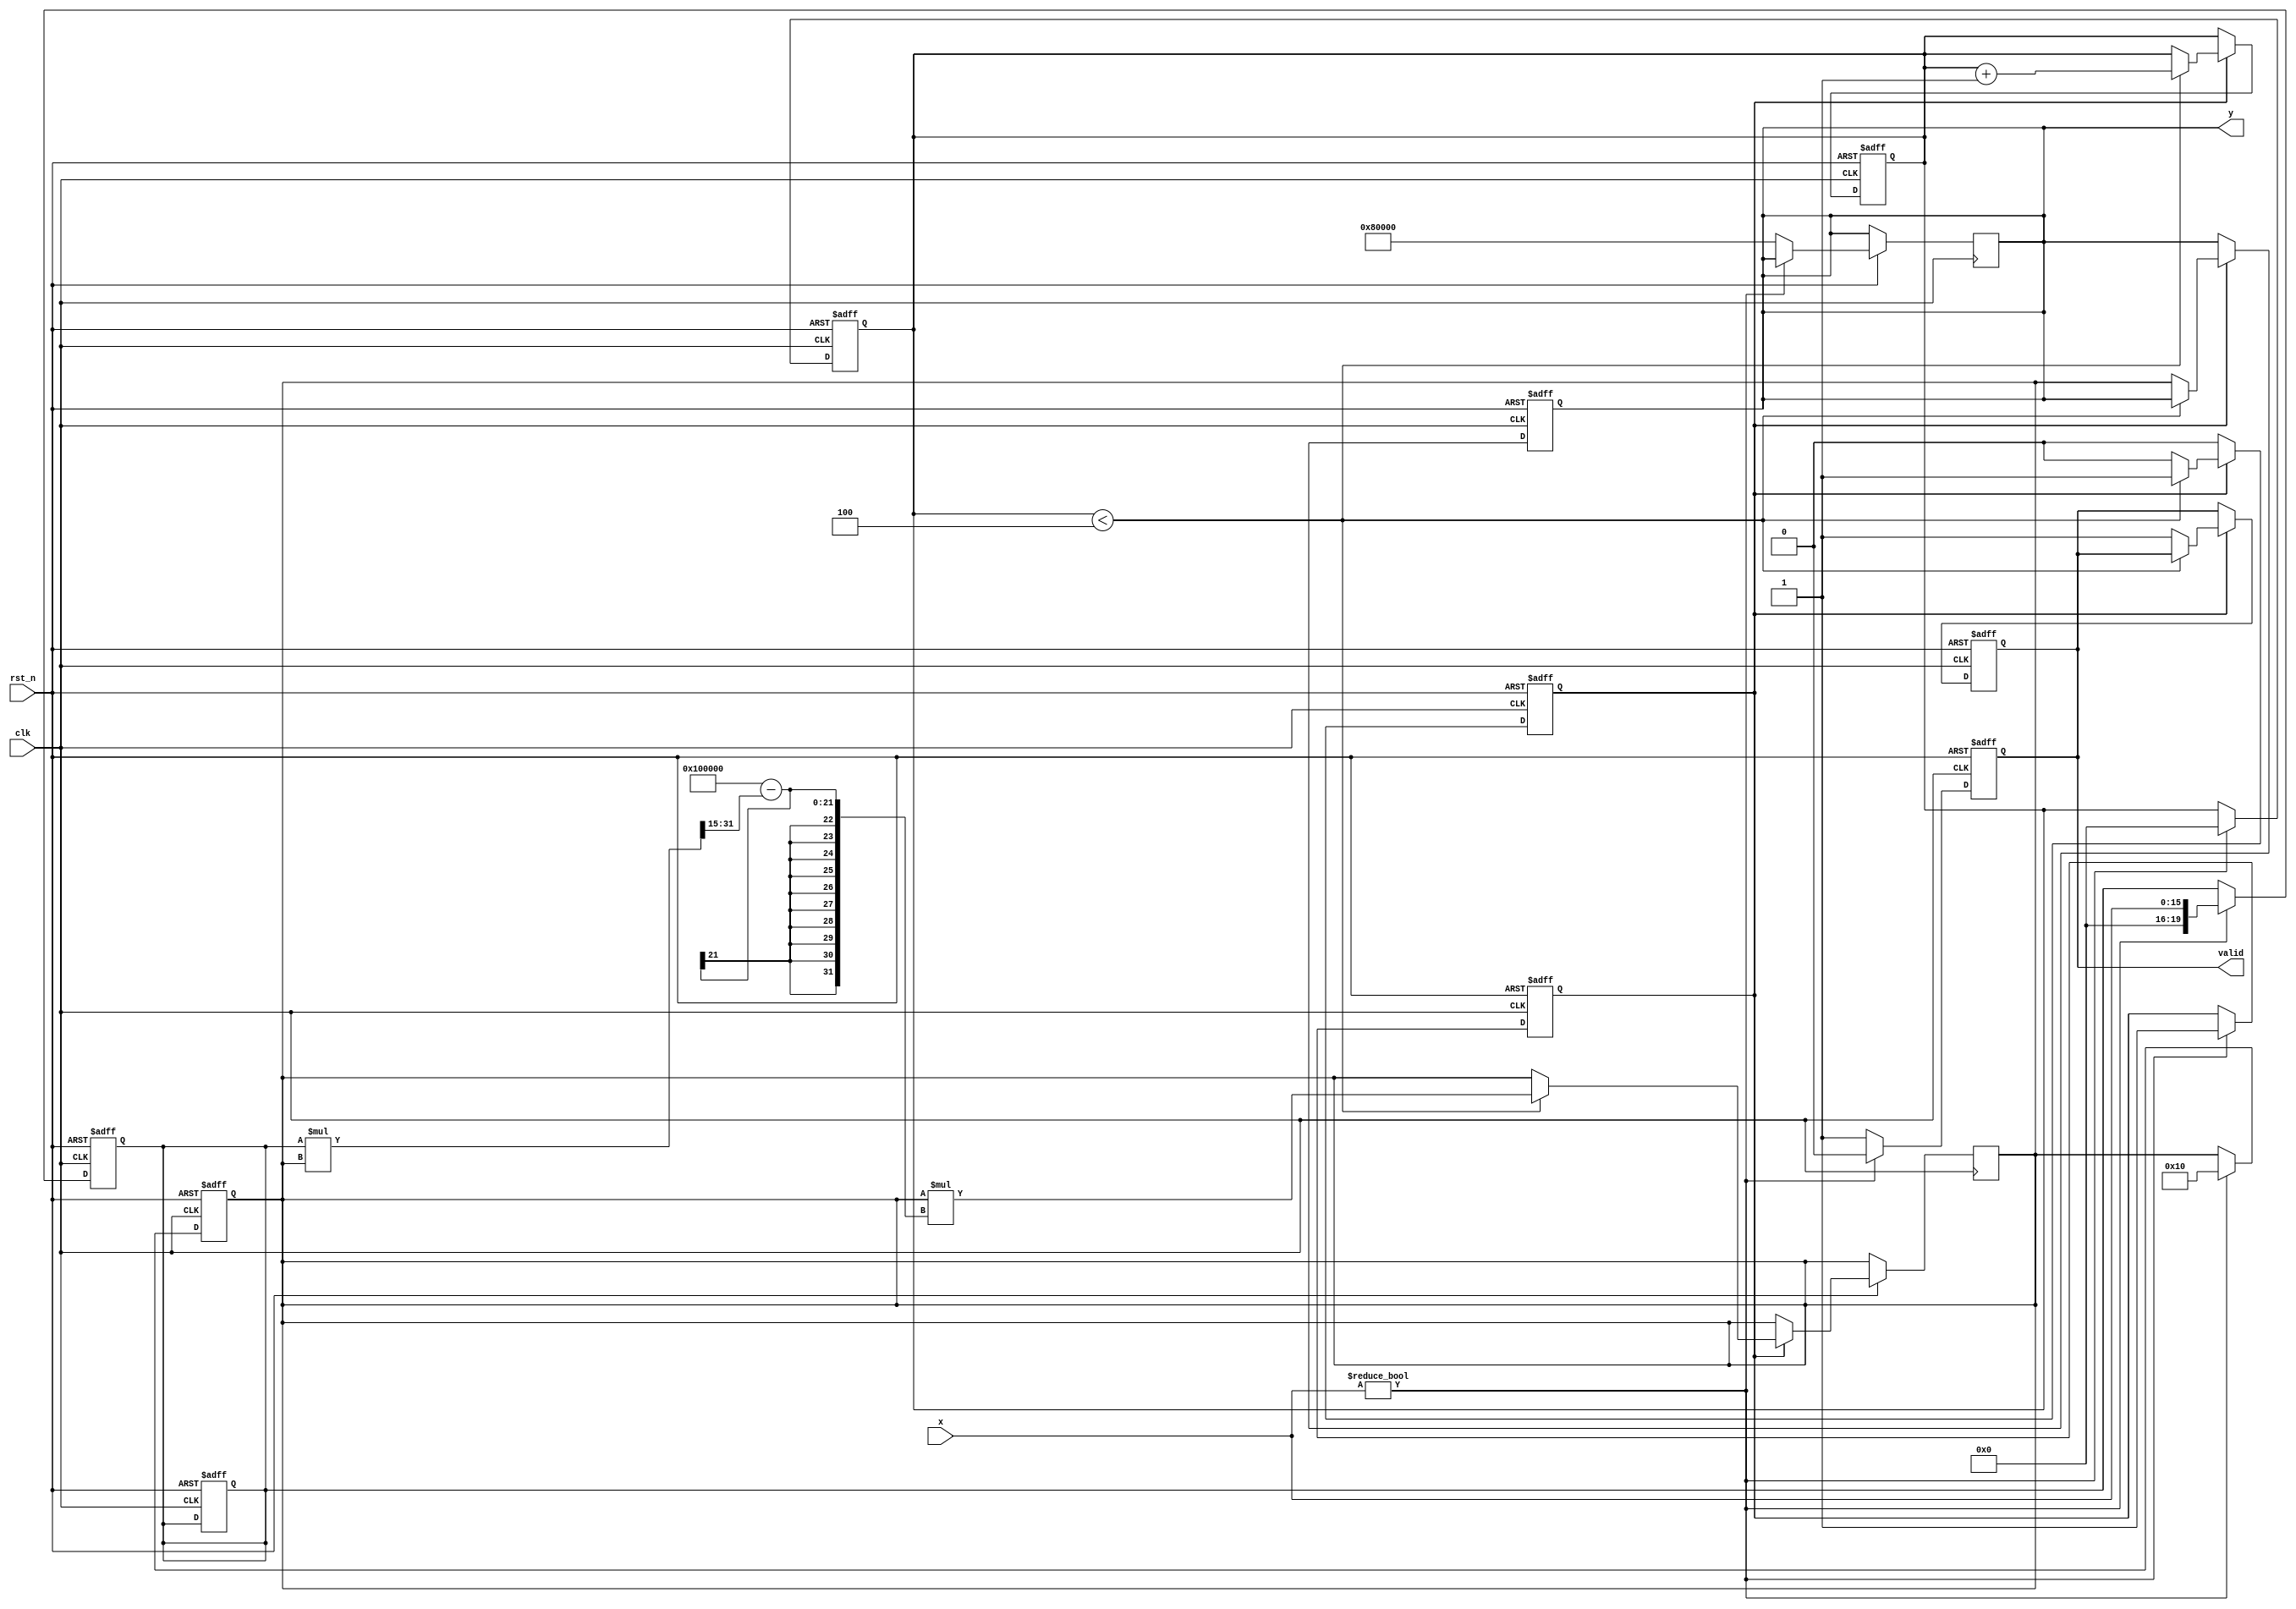
module binary_fractional_reciprocal #(
    parameter N = 16, // Input Width
    parameter M = 20  // Output Width
)(
    input wire clk,
    input wire rst_n,
    input wire [N-1:0] x, // Input: N-bit fixed-point fractional number
    output reg [M-1:0] y, // Output: M-bit fixed-point reciprocal
    output reg valid       // Output valid signal
);

    reg [M-1:0] x_reg; // Register for input
    reg [M-1:0] r;     // Intermediate reciprocal
    reg [3:0] count;   // Iteration counter
    reg start;         // Start signal for computations
    reg done;          // Done signal for computations

    // Constants for initial guess and iterations
    localparam MAX_ITER = 4; // Maximum iterations for Newton-Raphson

    // State Machine for controlling the calculation
    always @(posedge clk or negedge rst_n) begin
        if (!rst_n) begin
            x_reg <= 0;
            y <= 0;
            valid <= 0;
            count <= 0;
            start <= 0;
            done <= 0;
        end else begin
            if (start) begin
                if (count < MAX_ITER) begin
                    // Newton-Raphson formula: r = r * (2 - x * r)
                    r <= r * (2**M - (x_reg * r >> (N - 1))); // Adjust for fixed-point
                    count <= count + 1;
                end else begin
                    y <= r;
                    valid <= 1; // Indicate output is valid
                    done <= 1;
                    start <= 0; // End computation
                end
            end
        end
    end

    // Input Handling and Control
    always @(posedge clk or negedge rst_n) begin
        if (!rst_n) begin
            x_reg <= 0;
            valid <= 0;
            start <= 0;
            count <= 0;
            r <= 0;
            done <= 0;
        end else begin
            if (x != 0) begin
                x_reg <= x;
                r <= (1 << (M - N)); // Initial guess: 1 / (1 + x)
                valid <= 0;
                start <= 1; // Start calculation
                count <= 0; // Reset iteration counter
                done <= 0;
            end else begin // Handle zero input
                y <= {1'b1, {(M-1){1'b0}}}; // Return large value or error
                valid <= 1; // Valid output
            end
        end
    end

endmodule